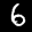
Label: 6